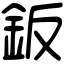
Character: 鈑